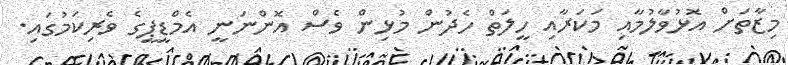
މިޒާތަށް އޮޅުވާލުމާއި މަކަރާއި ހީލަތް ހެދުން މުޅިން ވެސް އޮންނަނީ އެމްޑީޕީގެ ވެރިކަމުގައި.